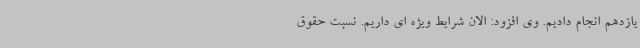
یازدهم انجام دادیم. وی افزود: الان شرایط ویژه ای داریم. نسبت حقوق